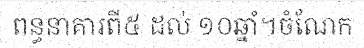
ពន្ធនាគារពី៥ ដល់ ១០ឆ្នាំ។ចំណែក